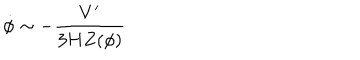
\dot { \phi } \sim - \frac { V ^ { \prime } } { 3 H Z ( \phi ) }